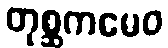
တုစ္ဆကမေဝ